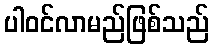
ပါဝင်လာမည်ဖြစ်သည်